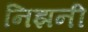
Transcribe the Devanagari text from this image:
निझनी